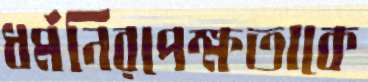
ধর্মনিরপেক্ষতাকে